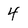
Character: 4